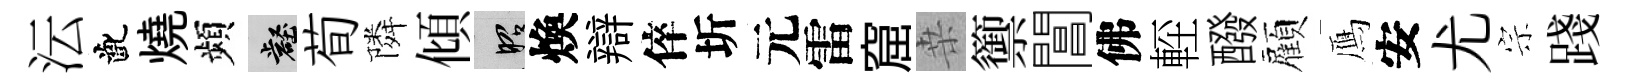
沄齔燒頻壑荀隣傾昭煥辯倅圻元雷窟桒籞閶佛䡖醱顏鴈安尤宗踐